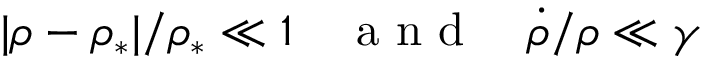
| \rho - \rho _ { * } | / \rho _ { * } \ll 1 \quad \mathrm { ~ a ~ n ~ d ~ } \quad \dot { \rho } / \rho \ll \gamma